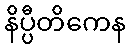
နိပ္ပီတိကေန